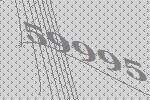
59995